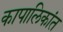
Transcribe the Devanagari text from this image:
कापालिकांत